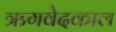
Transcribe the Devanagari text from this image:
ऋगवेदकाल